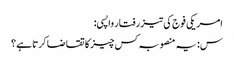
امریکی فوج کی تیز رفتار واپسی:
س: یہ منصوبہ کس چیز کا تقاضا کرتا ہے؟